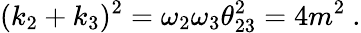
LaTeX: (k_{2}+k_{3})^{2}=\omega_{2}\omega_{3}\theta_{23}^{2}=4m^{2}\ .